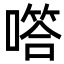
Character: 㗳